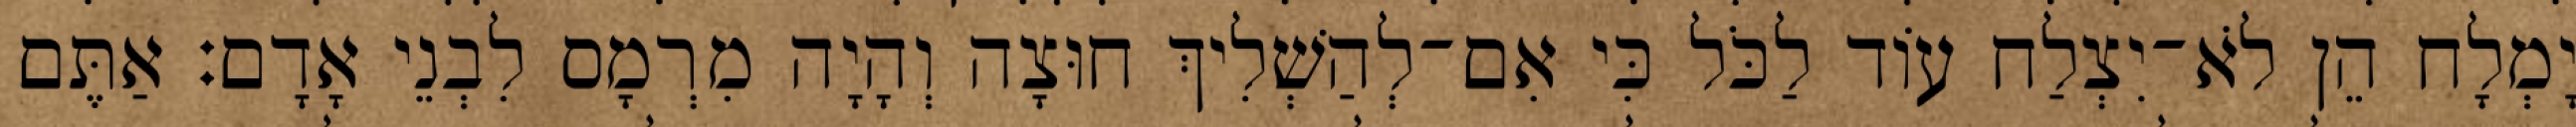
יָמְלָח הֵן לֹא־יִצְלַח עוֹד לַכֹּל כִּי אִם־לְהַשְׁלִיךְ חוּצָה וְהָיָה מִרְמָס לִבְנֵי אָדָם׃ אַתֶּם